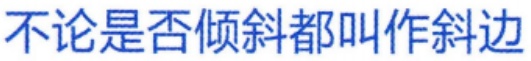
不论是否倾斜都叫作斜边